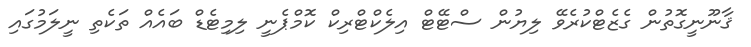
ޤާނޫނީގޮތުން ގެޒެޓްކުރެވޭ ލިޔުން ސްޓޭޓް އިލެކްޓްރިކް ކޮމްޕެނީ ލިމިޓެޑް ބައެއް ތަކެތި ނީލަމުގައި